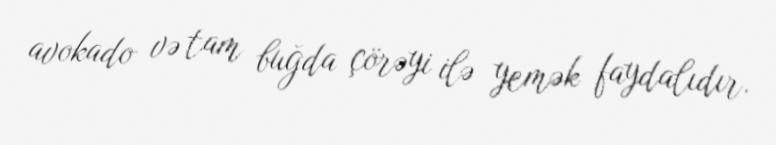
avokado və tam buğda çörəyi ilə yemək faydalıdır.